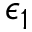
\epsilon _ { 1 }